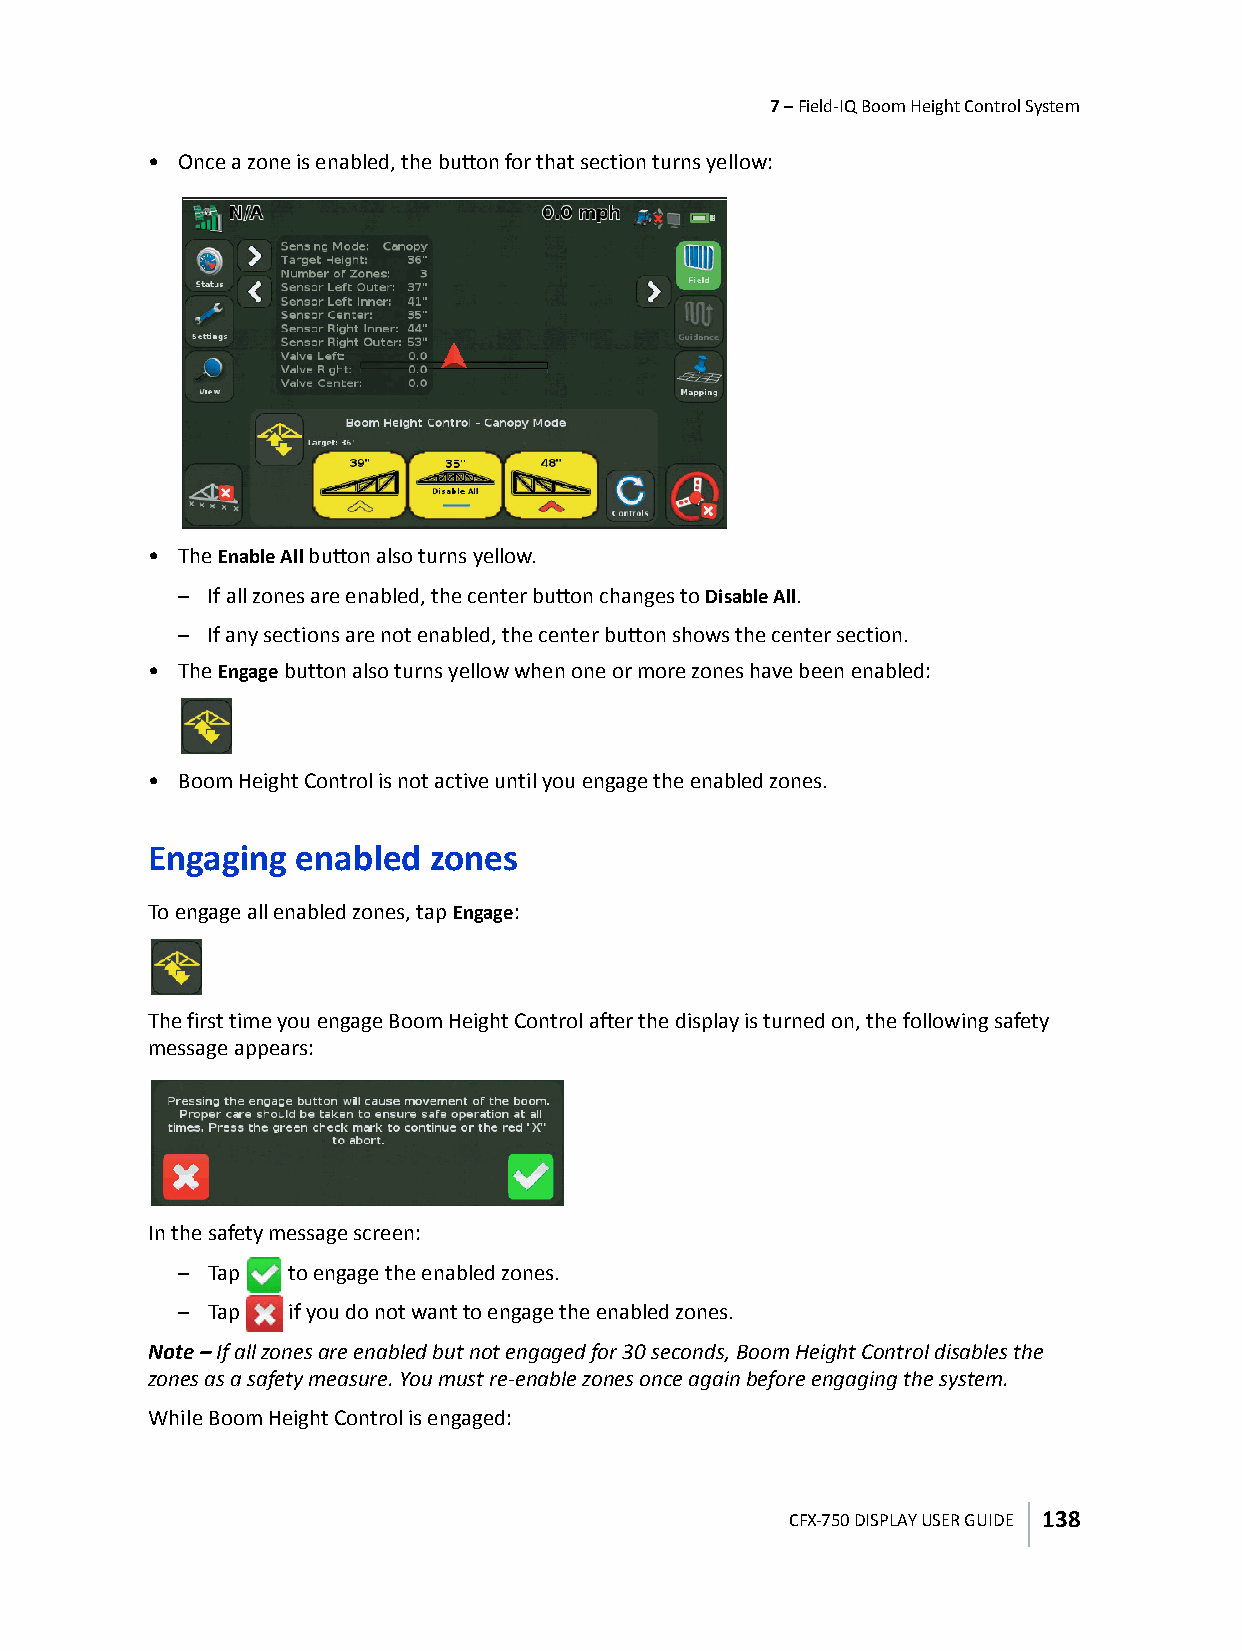
7 – Field-IQ Boom Height Control System
 • Once a zone is enabled, the button for that section turns yellow:
 • The Enable All button also turns yellow.
 – If all zones are enabled, the center button changes to Disable All.
 – If any sections are not enabled, the center button shows the center section.
 • The Engage button also turns yellow when one or more zones have been enabled:
 • Boom Height Control is not active until you engage the enabled zones.
 Engaging  enabled  zones
 To engage all enabled zones, tap Engage:
 The first time you engage Boom Height Control after the display is turned on, the following safety
 message appears:
 In the safety message screen:
 – Tap  to engage the enabled zones.
 – Tap  if you do not want to engage the enabled zones.
 Note – If all zones are enabled but not engaged for 30 seconds, Boom Height Control disables the
 zones as a safety measure. You must re-enable zones once again before engaging the system.
 While Boom Height Control is engaged:
 CFX-750 DISPLAY USER GUIDE 138